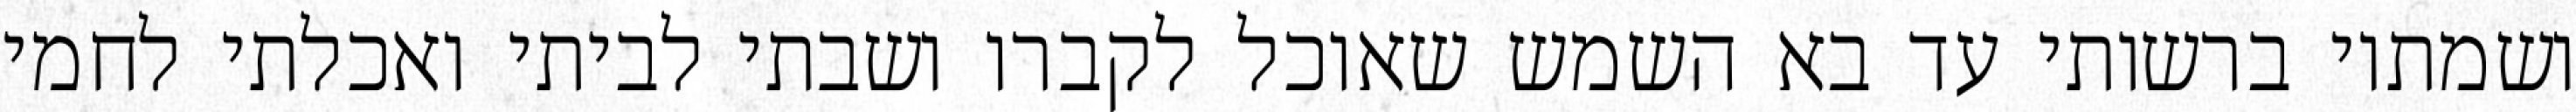
ושמתיו ברשותי עד בא השמש שאוכל לקברו ושבתי לביתי ואכלתי לחמי